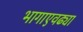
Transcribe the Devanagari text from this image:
भागाएवढ्या